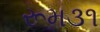
રૂમ૩૧